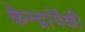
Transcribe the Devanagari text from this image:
केन्द्रांपैकी